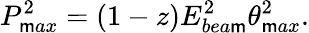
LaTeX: P_{\mathsf{m}ax}^{2}=(1-z)E_{bea\mathsf{m}}^{2}\theta_{\mathsf{m}ax}^{2}.